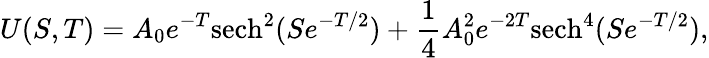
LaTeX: U(S,T)=A_{0}e^{-T}\mathrm{sech}^{2}(Se^{-T/2})+\frac{1}{4}A_{0}^{2}e^{-2T}\mathrm{sech}^{4}(Se^{-T/2}),